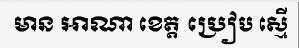
មាន អាណា ខេត្ត ប្រៀប ស្មើ